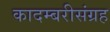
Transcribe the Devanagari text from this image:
कादम्बरीसंग्रह